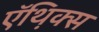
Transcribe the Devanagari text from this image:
ऍथ़िक्स